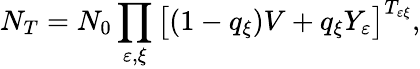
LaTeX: N_{T}=N_{0}\prod_{\varepsilon,\xi}\big[(1-q_{\xi})V+q_{\xi}Y_{\varepsilon}\big]^{T_{\varepsilon\xi}},